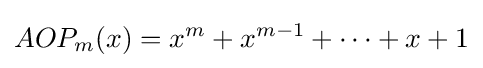
AOP_{m}(x)=x^{m}+x^{m-1}+\cdots +x+1